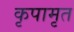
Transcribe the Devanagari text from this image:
कृपामृत